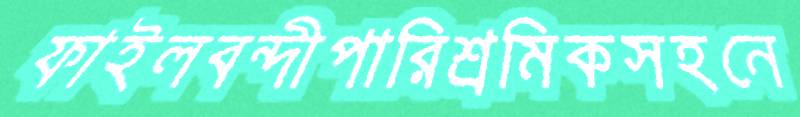
ফাইলবন্দীপারিশ্রমিকসহনে